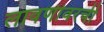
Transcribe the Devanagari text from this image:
लावणीवरची